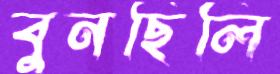
বুনছিলি